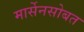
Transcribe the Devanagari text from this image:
मार्सेनसोबत